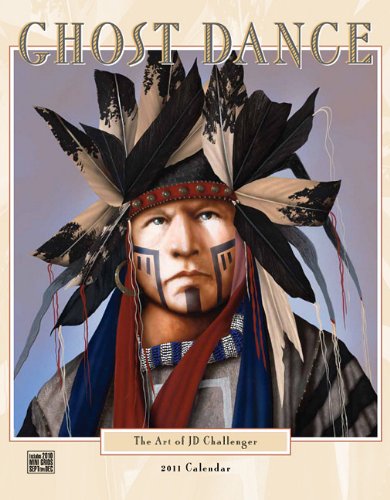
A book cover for Ghost Dance Calendar: The Art of J.D. Challenger; Calendars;